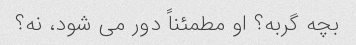
بچه گربه؟ او مطمئناً دور می شود، نه؟